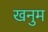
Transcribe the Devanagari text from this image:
खनुम